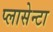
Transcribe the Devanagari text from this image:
प्लासेन्टा